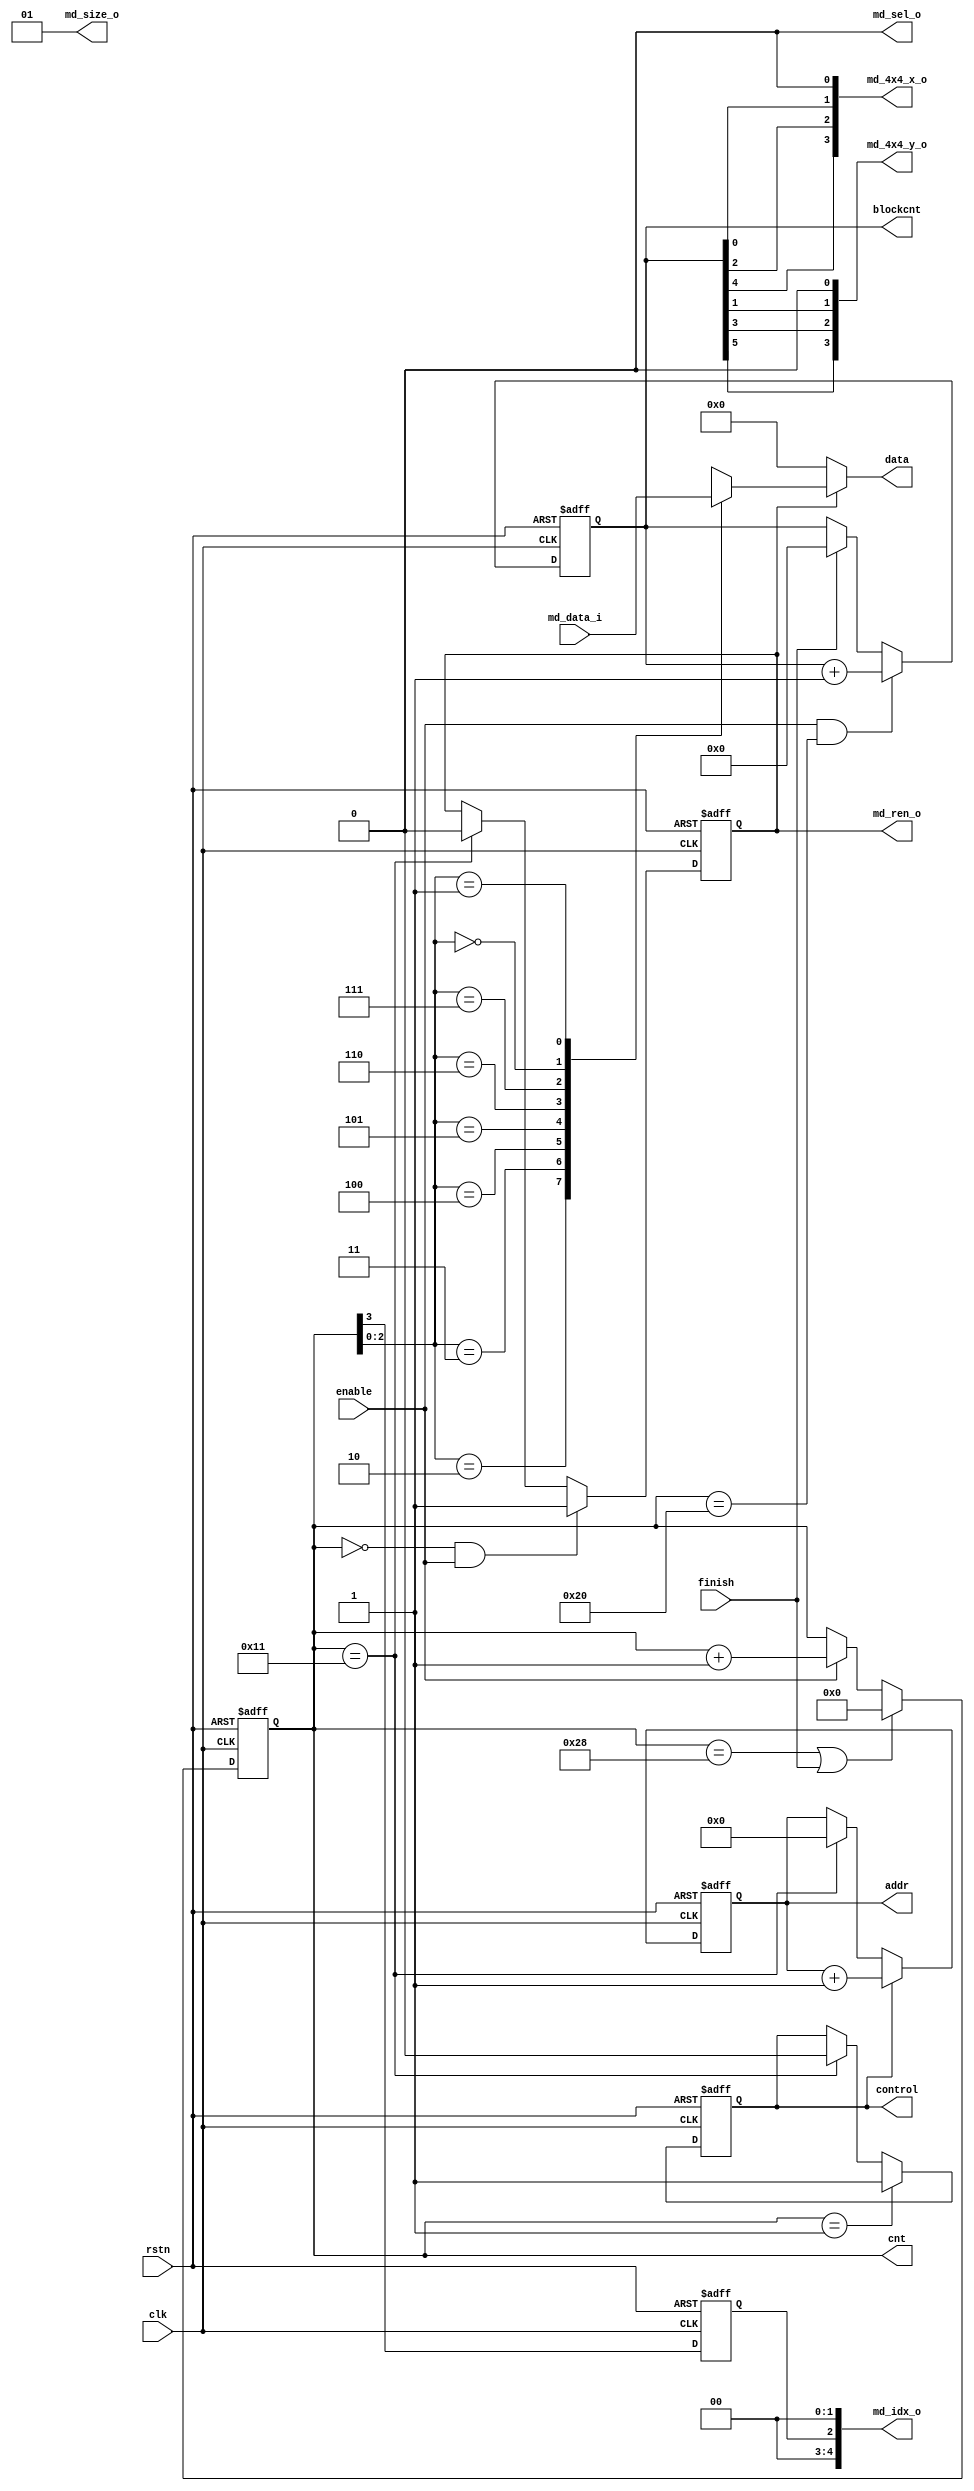
module fetch8x8(
	clk,
	rstn,
	
	enable,
	addr,
	data,
	cnt,
	blockcnt,
	finish,
	control,
	
	md_ren_o,	
	md_sel_o,	
	md_size_o,	
	md_4x4_x_o,	
	md_4x4_y_o,
	md_idx_o,	
	md_data_i	
);

	input						clk;
	input						rstn;
	input						enable;
	
	output		[31:0]			data;
	output						control;
	output		[3:0]			addr;
	output		[5:0]			cnt;
	output		[6:0]			blockcnt;
	input						finish;
	output						md_ren_o	;
	output						md_sel_o	;
	output		[1:0]			md_size_o	;
	output		[3:0]			md_4x4_x_o	;
	output		[3:0]			md_4x4_y_o	;
	output		[4:0]			md_idx_o	;
	input		[255:0]			md_data_i	;
	
	reg							md_ren_o	;
	wire						md_sel_o	;
	wire		[1:0]			md_size_o	;
	wire		[3:0]			md_4x4_x_o	;
	wire		[3:0]			md_4x4_y_o	;
	wire		[4:0]			md_idx_o	;
			
	reg			[31:0]			data;
	reg							control;
	reg			[3:0]			addr;
			
	reg			[5:0]			cnt;
	reg			[6:0]			blockcnt;
	wire		[255:0]			rdata;
	reg							flag;
	
//=====================================================================================
	
	assign		md_sel_o	=	1'b0;
	assign		md_size_o	=	2'b01;
	assign		md_idx_o	=	{2'b00,flag,2'b00};
	assign		md_4x4_x_o	=	{blockcnt[4],blockcnt[2],blockcnt[0],1'b0};
	assign		md_4x4_y_o	=	{blockcnt[5],blockcnt[3],blockcnt[1],1'b0};
	
	assign		rdata		=	md_data_i;
	
	always@(posedge clk or negedge rstn)
		if(!rstn)
			flag	<=	1'b0;
		else
			flag	<=	cnt[3];
	
	always@(posedge clk or negedge rstn)
		if(!rstn)
			cnt <= 'd0;
		else if((cnt == 'd40)||finish)
			cnt <= 'd0;
		else if(enable)
			cnt <= cnt + 1'b1;
			
	always@(posedge clk or negedge rstn)
		if(!rstn)
			blockcnt <= 'd0;
		else if(enable && (cnt == 'd32))
			blockcnt <= blockcnt + 1'b1;
		else if(finish)
			blockcnt <=	'd0;
	
	always@(posedge clk or negedge rstn)
		if(!rstn)
			md_ren_o	<=	1'b0;
		else if((cnt == 'd0)&&enable)
			md_ren_o	<=	1'b1;
		else if(cnt == 'd17)
			md_ren_o	<=	1'b0;
			
	always@(posedge clk or negedge rstn)
		if(!rstn)
			control	<=	1'b0;
		else if(cnt == 'd1)
			control	<=	1'b1;
		else if(cnt == 'd17)
			control	<=	1'b0;
			
	always@(posedge clk or negedge rstn)
		if(!rstn)
			addr	<=	'd0;
		else if(control)
			addr	<=	addr	+	1'b1;
		else if(cnt	==	'd17)
			addr	<=	'd0;
			
	always@(*) begin	
		if(md_ren_o)
			case(cnt[2:0])
				3'd2:	data	=	rdata[255:224];
				3'd3:	data	=	rdata[223:192];
				3'd4:	data	=	rdata[191:160];
				3'd5:	data	=	rdata[159:128];
				3'd6:	data	=	rdata[127:96];
				3'd7:	data	=	rdata[95:64];
				3'd0:	data	=	rdata[63:32];
				3'd1:	data	=	rdata[31:0];
			endcase
		else
			data		=	'd0;
	end
			
endmodule